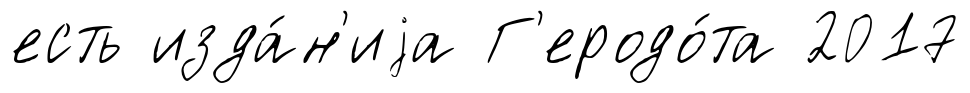
есть изда́н'иjа Г'еродо́та 2017